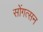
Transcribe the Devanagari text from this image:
सोंगत्सन